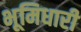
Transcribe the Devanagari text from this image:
भूमिधारी